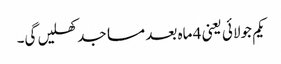
یکم جولائی یعنی 4 ماہ بعد مساجد کھلیں گی۔